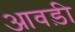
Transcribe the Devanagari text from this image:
आवड़ी